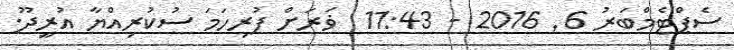
ސެޕްޓެމްބަރު 6